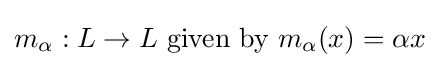
m_{\alpha }:L\to L{\text{ given by }}m_{\alpha }(x)=\alpha x